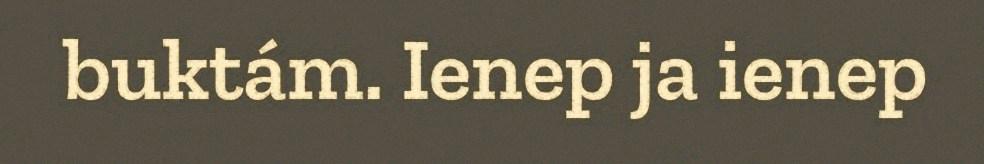
buktám. Ienep ja ienep